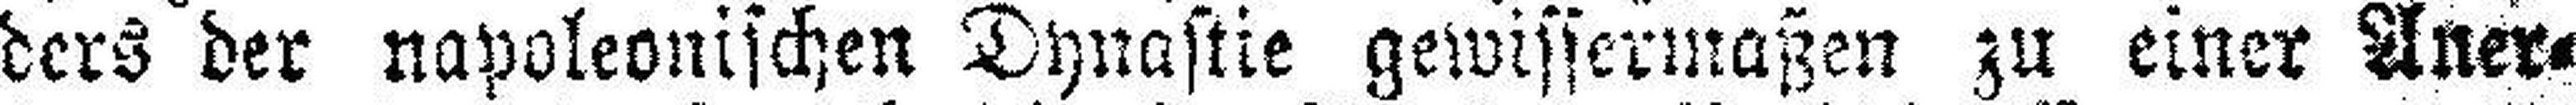
ders der napoleonischen Dynastie gewissermaßen zu einer Aner¬